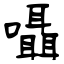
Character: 囁